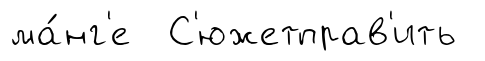
ма́нг'е С'южетправ'ить